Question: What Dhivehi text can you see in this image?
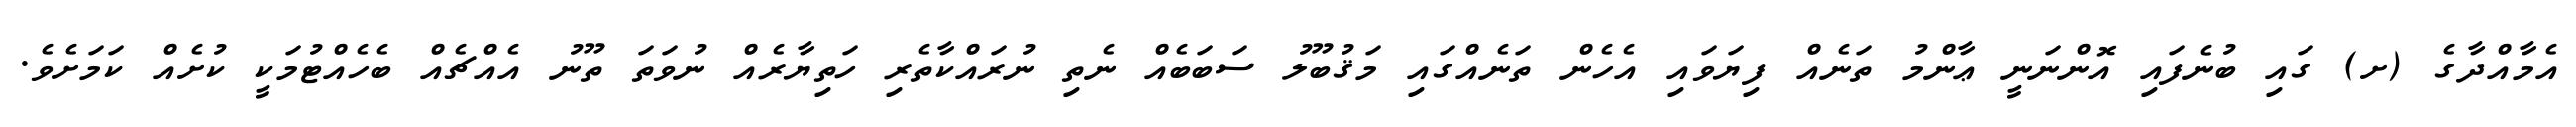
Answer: އެމާއްދާގެ (ށ) ގައި ބުނެފައި އޮންނަނީ ޢާންމު ތަނެއް ފިޔަވައި އެހެން ތަނެއްގައި މަޤުބޫލު ސަބަބެއް ނެތި ނުރައްކާތެރި ހަތިޔާރެއް ނުވަތަ ތޫނު އެއްޗެއް ބެހެއްޓުމަކީ ކުށެއް ކަމަށެވެ.